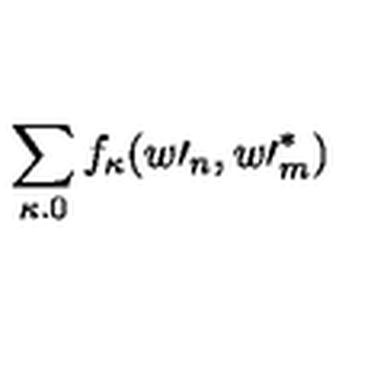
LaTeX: \sum _ { \kappa . 0 } f _ { \kappa } ( w \prime _ { n } , w \prime _ { m } ^ { \ast } )